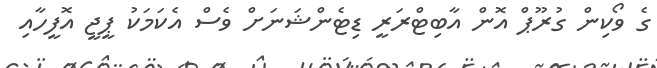
ގެ ވޯކިން ގުރޫޕް އޮން އާބިޓްރަރީ ޑިޓެންޝަނަށް ވެސް އެކަމަކު ޕީޖީ އޮފީހާއި